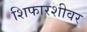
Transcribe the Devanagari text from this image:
शिफारशीवर